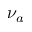
\nu _ { a }